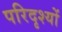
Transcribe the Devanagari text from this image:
परिदृश्‍यों